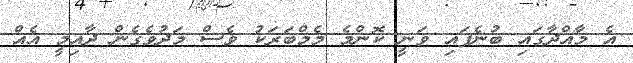
އެ މާއްދާގައި ބުނެފައި ވަނީ ކޮންމެ މެމްބަރަކު ވެސް މަދުވެގެން ދާއިމީ އެއް